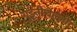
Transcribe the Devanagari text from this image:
गुइनीचेल्ली